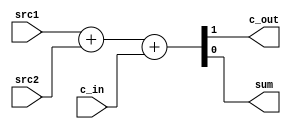
module fa(
    input src1,
    input src2,
    input c_in,

    output c_out,
    output sum
);
    assign {c_out,sum} = src1 + src2 + c_in;
endmodule